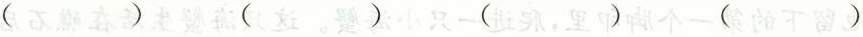
( ) ( ) ( ) ( )